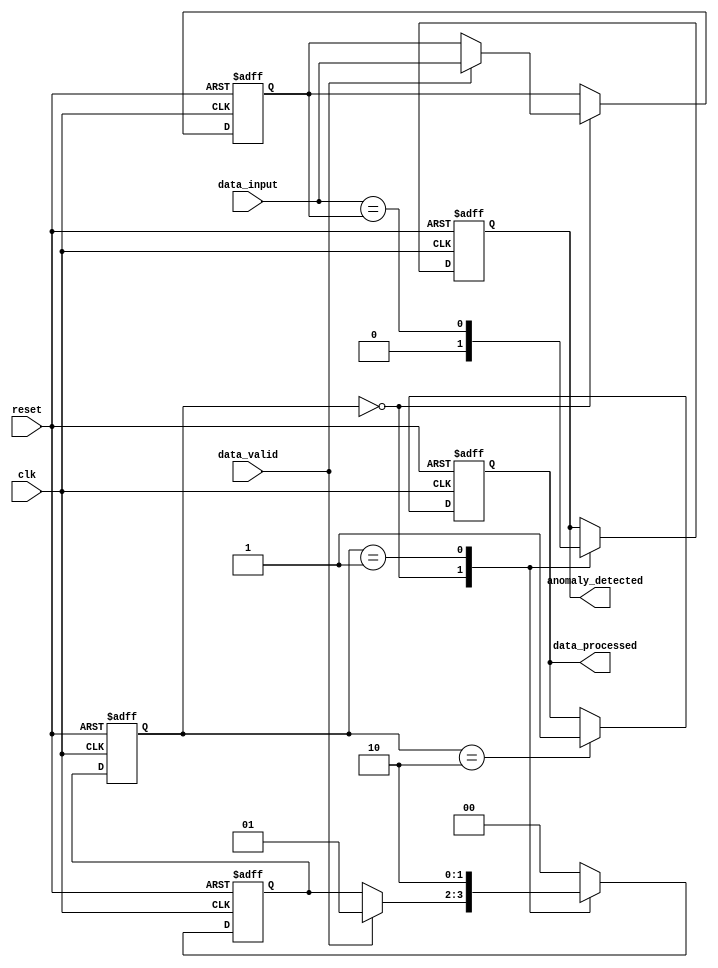
module IsolationTreeStateMachine(
    input wire clk,
    input wire reset,
    input wire [7:0] data_input,
    input wire data_valid,
    output reg anomaly_detected,
    output reg data_processed
);

// Define state constants
localparam [1:0] IDLE = 2'b00,
                 CHECK_ANOMALY = 2'b01,
                 PROCESS_DONE = 2'b10;

// State variables
reg [1:0] current_state = IDLE;
reg [1:0] next_state = IDLE;
reg [7:0] anomaly_pattern; // Internal register to hold the anomaly pattern

always @(posedge clk or negedge reset) begin
    if (!reset) begin
        // Reset logic
        anomaly_detected <= 0;
        data_processed <= 0;
        current_state <= IDLE;
        next_state <= IDLE;
        anomaly_pattern <= 8'h00; // Reset anomaly pattern register
    end else begin
        current_state <= next_state; // Transition to the next state

        case (current_state)
            IDLE: begin
                anomaly_detected <= 0; // Reset anomaly_detected each cycle
                if (data_valid) begin
                    next_state <= CHECK_ANOMALY; // Transition to check anomaly if data is valid
                    anomaly_pattern <= data_input; // Store the first 8-bit value as the anomaly pattern
                end
            end
            CHECK_ANOMALY: begin
                // Perform anomaly check
                anomaly_detected <= (data_input == anomaly_pattern); // Check if data matches anomaly pattern
                next_state <= PROCESS_DONE; // Move to process done state
            end
            PROCESS_DONE: begin
                // Indicate processing is done
                data_processed <= 1;
                next_state <= IDLE; // Return to IDLE state
            end
            default: begin
                next_state <= IDLE; // Default fallback to IDLE
            end
        endcase
    end
end

endmodule